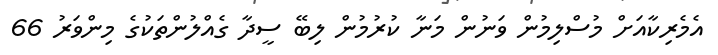
އެމެރިކާއަށް މުސްލިމުން ވަނުން މަނާ ކުރުމުން ލިބޭ ސީދާ ގެއްލުންތަކުގެ މިންވަރު 66